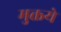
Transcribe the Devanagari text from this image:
मुक्तये